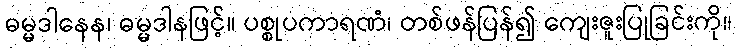
ဓမ္မဒါနေန၊ ဓမ္မဒါနဖြင့်။ ပစ္စုပကာရဏံ၊ တစ်ဖန်ပြန်၍ ကျေးဇူးပြုခြင်းကို။